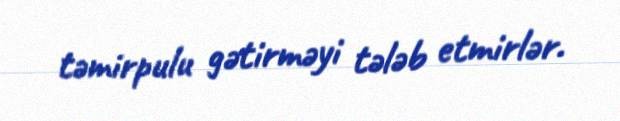
təmirpulu gətirməyi tələb etmirlər.